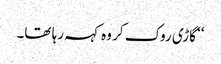
‘‘ گاڑی روک کر وہ کہہ رہا تھا۔